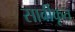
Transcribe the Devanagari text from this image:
सार्वीकृत